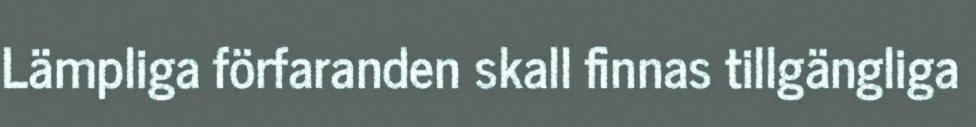
Lämpliga förfaranden skall finnas tillgängliga